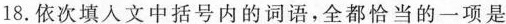
18.依次填人文中括号内的词语，全都恰当的一项是